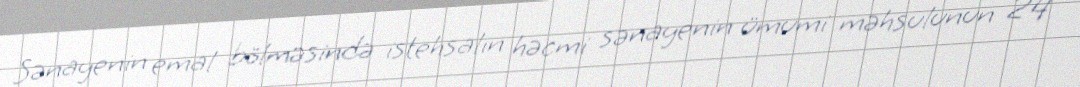
Sənayenin emal bölməsində istehsalın həcmi sənayenin ümumi məhsulunun 24